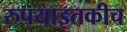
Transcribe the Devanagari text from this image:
रुपयाइतकीच